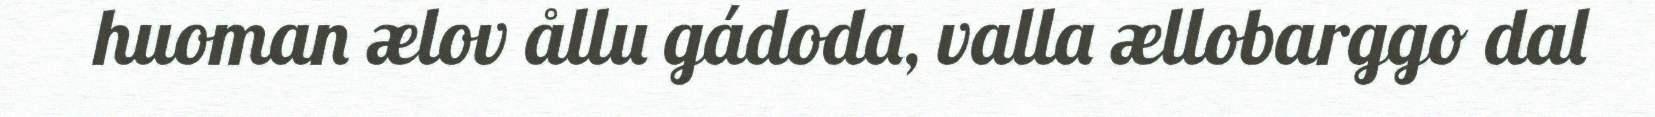
huoman ælov ållu gádoda, valla ællobarggo dal